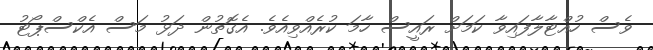
ވެސް ހުއްޓާލާފައިވާ ކަމަށް ރައީސް ހާމަ ކުރެއްވިއެވެ. އެގޮތުން ދަޅު މަސް އެކްސްޕޯޓު